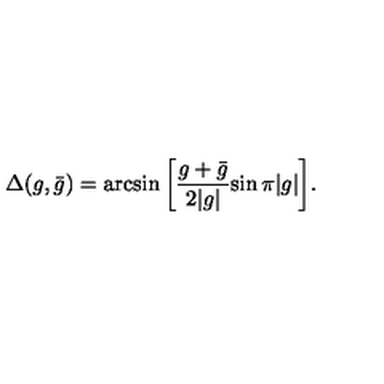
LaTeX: \Delta ( g , \bar { g } ) = \arcsin { \left[ { \frac { g + \bar { g } } { 2 | g | } } { \sin { \pi | g | } } \right] } .